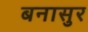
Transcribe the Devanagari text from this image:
बनासुर